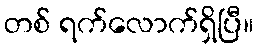
တစ် ရက်လောက်ရှိပြီ။